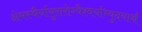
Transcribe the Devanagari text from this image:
क्षेमस्थैर्यायुरारोग्यैश्वर्याभ्युदयार्थं